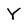
Character: Y